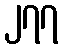
၂၇၇